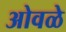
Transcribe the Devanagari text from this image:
ओवळे